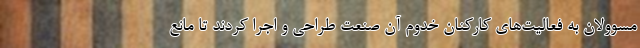
مسوولان به فعالیت‌های کارکنان خدوم آن صنعت طراحی و اجرا کردند تا مانع